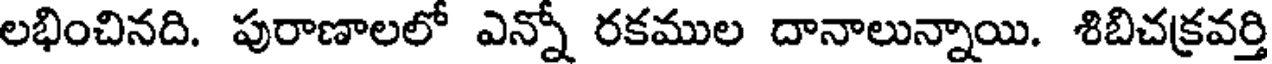
లభించినది. పురాణాలలో ఎన్నో రకముల దానాలున్నాయి. శిబిచక్రవర్తి